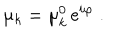
\mu _ { k } = \mu _ { k } ^ { 0 } \, \mathrm { e } ^ { i \varphi } \; .